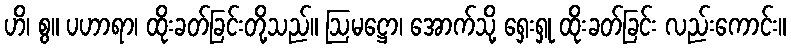
ဟိ၊ စွ။ ပဟာရာ၊ ထိုးခတ်ခြင်းတို့သည်။ ဩမဋ္ဌော၊ အောက်သို့ ရှေးရှု ထိုးခတ်ခြင်း လည်းကောင်း။